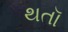
થતૉ